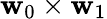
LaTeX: \mathbf{w}_{0}\times\mathbf{w}_{1}